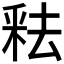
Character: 𬪻